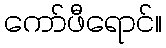
ကော်ဖီရောင်။